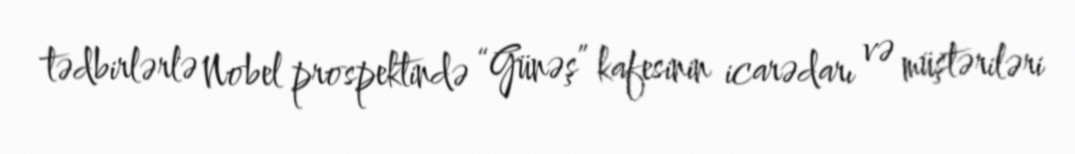
tədbirlərlə Nobel prospektində “Günəş” kafesinin icarədarı və müştəriləri